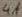
Text: 4A